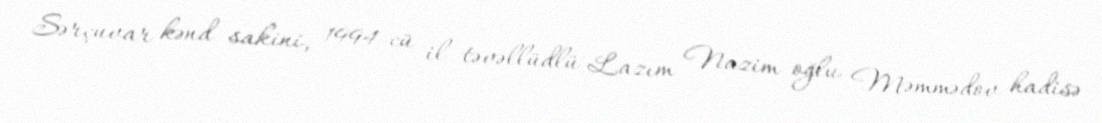
Sərçuvar kənd sakini, 1994-cü il təvəllüdlü Lazım Nazim oğlu Məmmədov hadisə